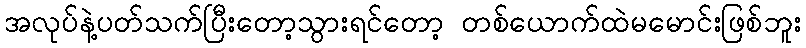
အလုပ်နဲ့ပတ်သက်ပြီးတော့သွားရင်တော့ တစ်ယောက်ထဲမမောင်းဖြစ်ဘူး